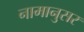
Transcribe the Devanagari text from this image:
नामानुसर